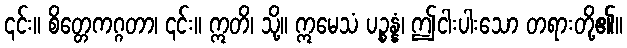
၎င်း။ စိတ္တေကဂ္ဂတာ၊ ၎င်း။ ဣတိ၊ သို့။ ဣမေသံ ပဉ္စန္နံ၊ ဤငါးပါးသော တရားတို့၏။